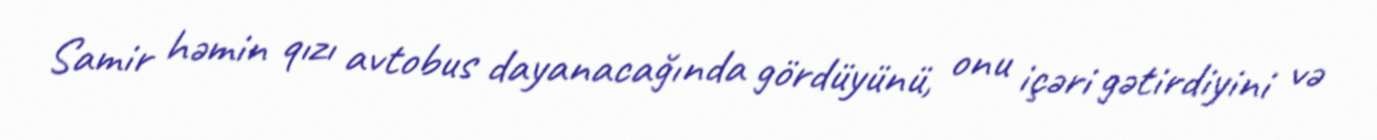
Samir həmin qızı avtobus dayanacağında gördüyünü, onu içəri gətirdiyini və